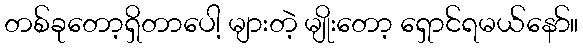
တစ်ခုတော့ရှိတာပေါ့ များတဲ့ မျိုးတော့ ရှောင်ရမယ်နော်။